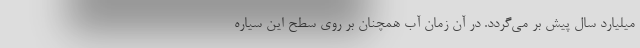
میلیارد سال پیش بر می‌گردد. در آن زمان آب همچنان بر روی سطح این سیاره